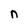
Character: n